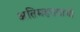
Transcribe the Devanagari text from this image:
अतिमहत्तवाची